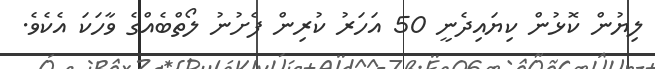
ލިޔުން ކޮޅުން ކިޔައިދެނީ 50 އަހަރު ކުރިން ފެށުނު ލޯތްބެއްގެ ވާހަކަ އެކެވެ.